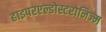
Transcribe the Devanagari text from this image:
हाइपरएल्डोस्टरोनिज्म